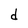
Character: d